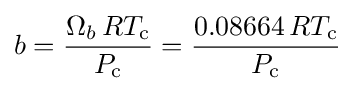
b={\frac {\Omega _{b}\,RT_{\text{c}}}{P_{\text{c}}}}={\frac {0.08664\,RT_{\text{c}}}{P_{\text{c}}}}